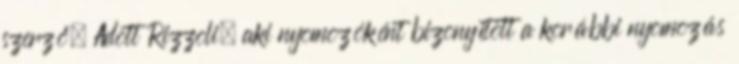
szerző. Adott Rizzoli, aki nyomozóként bizonyított a korábbi nyomozás